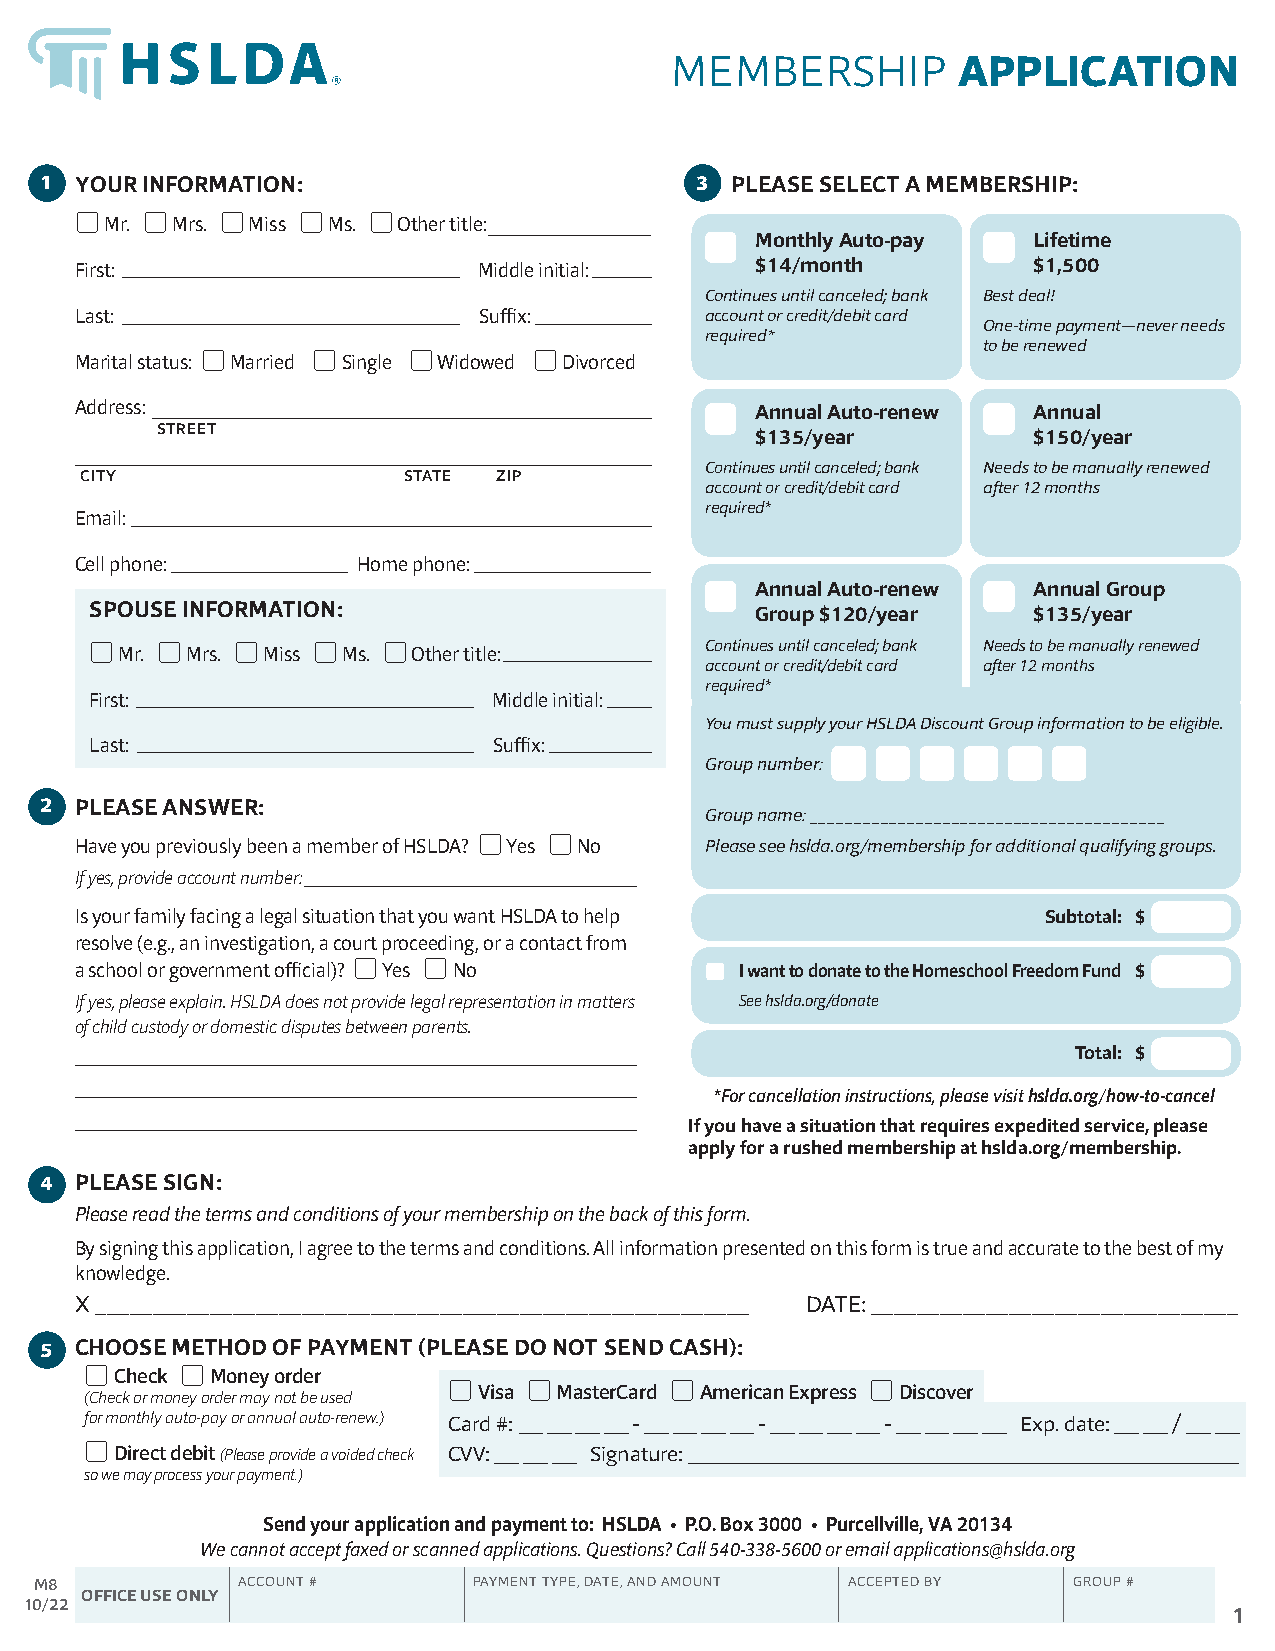
MEMBERSHIP         APPLICATION
 1 YOUR INFORMATION:                        3 PLEASE SELECT A MEMBERSHIP:
 5 Mr. 5 Mrs. 5 Miss 5 Ms. 5 Other title:
 Monthly Auto-pay  Lifetime
 First:                     Middle initial:   $14/month         $1,500
 Continues until canceled; bank Best deal!
 Last:                      Suffix:        account or credit/debit card
 One-time payment—never needs
 required*
 to be renewed
 Marital status: 5 Married 5 Single 5 Widowed 5 Divorced
 Address:                                     Annual Auto-renew Annual
 STREET                                  $135/year         $150/year
 Continues until canceled; bank Needs to be manually renewed
 CITY                  STATE ZIP
 account or credit/debit card after 12 months
 required*
 Email:
 Cell phone:        Home phone:
 Annual Auto-renew Annual Group
 SPOUSE INFORMATION:                         Group $120/year   $135/year
 5 Mr. 5 Mrs. 5 Miss 5 Ms. 5 Other title: Continues until canceled; bank Needs to be manually renewed
 account or credit/debit card after 12 months
 required*
 First:                     Middle initial:
 You must supply your HSLDA Discount Group information to be eligible.
 Last:                      Suffix:
 Group number:
 2 PLEASE ANSWER:
 Group name: ________________________________________
 Have you previously been a member of HSLDA? 5 Yes 5 No Please see hslda.org/membership for additional qualifying groups.
 If yes, provide account number:
 Is your family facing a legal situation that you want HSLDA to help Subtotal: $
 resolve (e.g., an investigation, a court proceeding, or a contact from
 a school or government official)? 5 Yes 5 No I want to donate to the Homeschool Freedom Fund $
 If yes, please explain. HSLDA does not provide legal representation in matters See hslda.org/donate
 of child custody or domestic disputes between parents.
 Total: $
 *For cancellation instructions, please visit hslda.org/how-to-cancel
 If you have a situation that requires expedited service, please
 apply for a rushed membership at hslda.org/membership.
 4 PLEASE SIGN:
 Please read the terms and conditions of your membership on the back of this form.
 By signing this application, I agree to the terms and conditions. All information presented on this form is true and accurate to the best of my
 knowledge.
 X _________________________________________________________ DATE: ________________________________
 5 CHOOSE METHOD OF PAYMENT (PLEASE DO NOT SEND CASH):
 5 Check 5 Money order
 5 Visa 5 MasterCard 5 American Express 5 Discover
 (Check or money order may not be used
 for monthly auto-pay or annual auto-renew.) Card #: __ __ __ __ - __ __ __ __ - __ __ __ __ - __ __ __ __ Exp. date: __ __ / __ __
 5 Direct debit (Please provide a voided check CVV: __ __ __ Signature: ____________________________________________
 so we may process your payment.)
 Send your application and payment to: HSLDA • P.O. Box 3000 • Purcellville, VA 20134
 We cannot accept faxed or scanned applications. Questions? Call 540-338-5600 or email applications@hslda.org
 M8            ACCOUNT #      PAYMENT TYPE, DATE, AND AMOUNT ACCEPTED BY GROUP #
 OFFICE USE ONLY
 10/22
 1